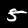
Label: 5